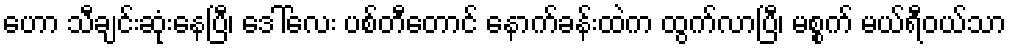
ဟော သီချင်းဆုံးနေပြီ၊ ဒေါ်လေး ပစ်တီတောင် နောက်ခန်းထဲက ထွက်လာပြီ၊ မစ္စက် မယ်ရီဝယ်သာ